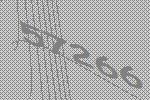
57266